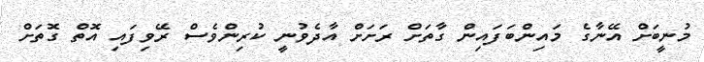
މުނީބަށް އޭނާގެ މައިންބަފައިން ގާތަށް ރަށަށް އާދެވުނީ ކުރިންވެސް ރޭވިފައި އޮތް ގޮތަށް